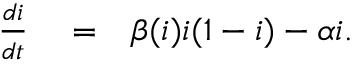
\begin{array} { r l r } { \frac { d i } { d t } } & { { } = } & { \beta ( i ) i ( 1 - i ) - \alpha i . } \end{array}